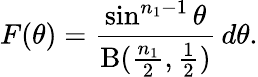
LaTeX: F(\theta)={\frac{\sin^{n_{1}-1}\theta}{\mathrm{B}({\frac{n_{1}}{2}},{\frac{1}{2}})}}\, d\theta.